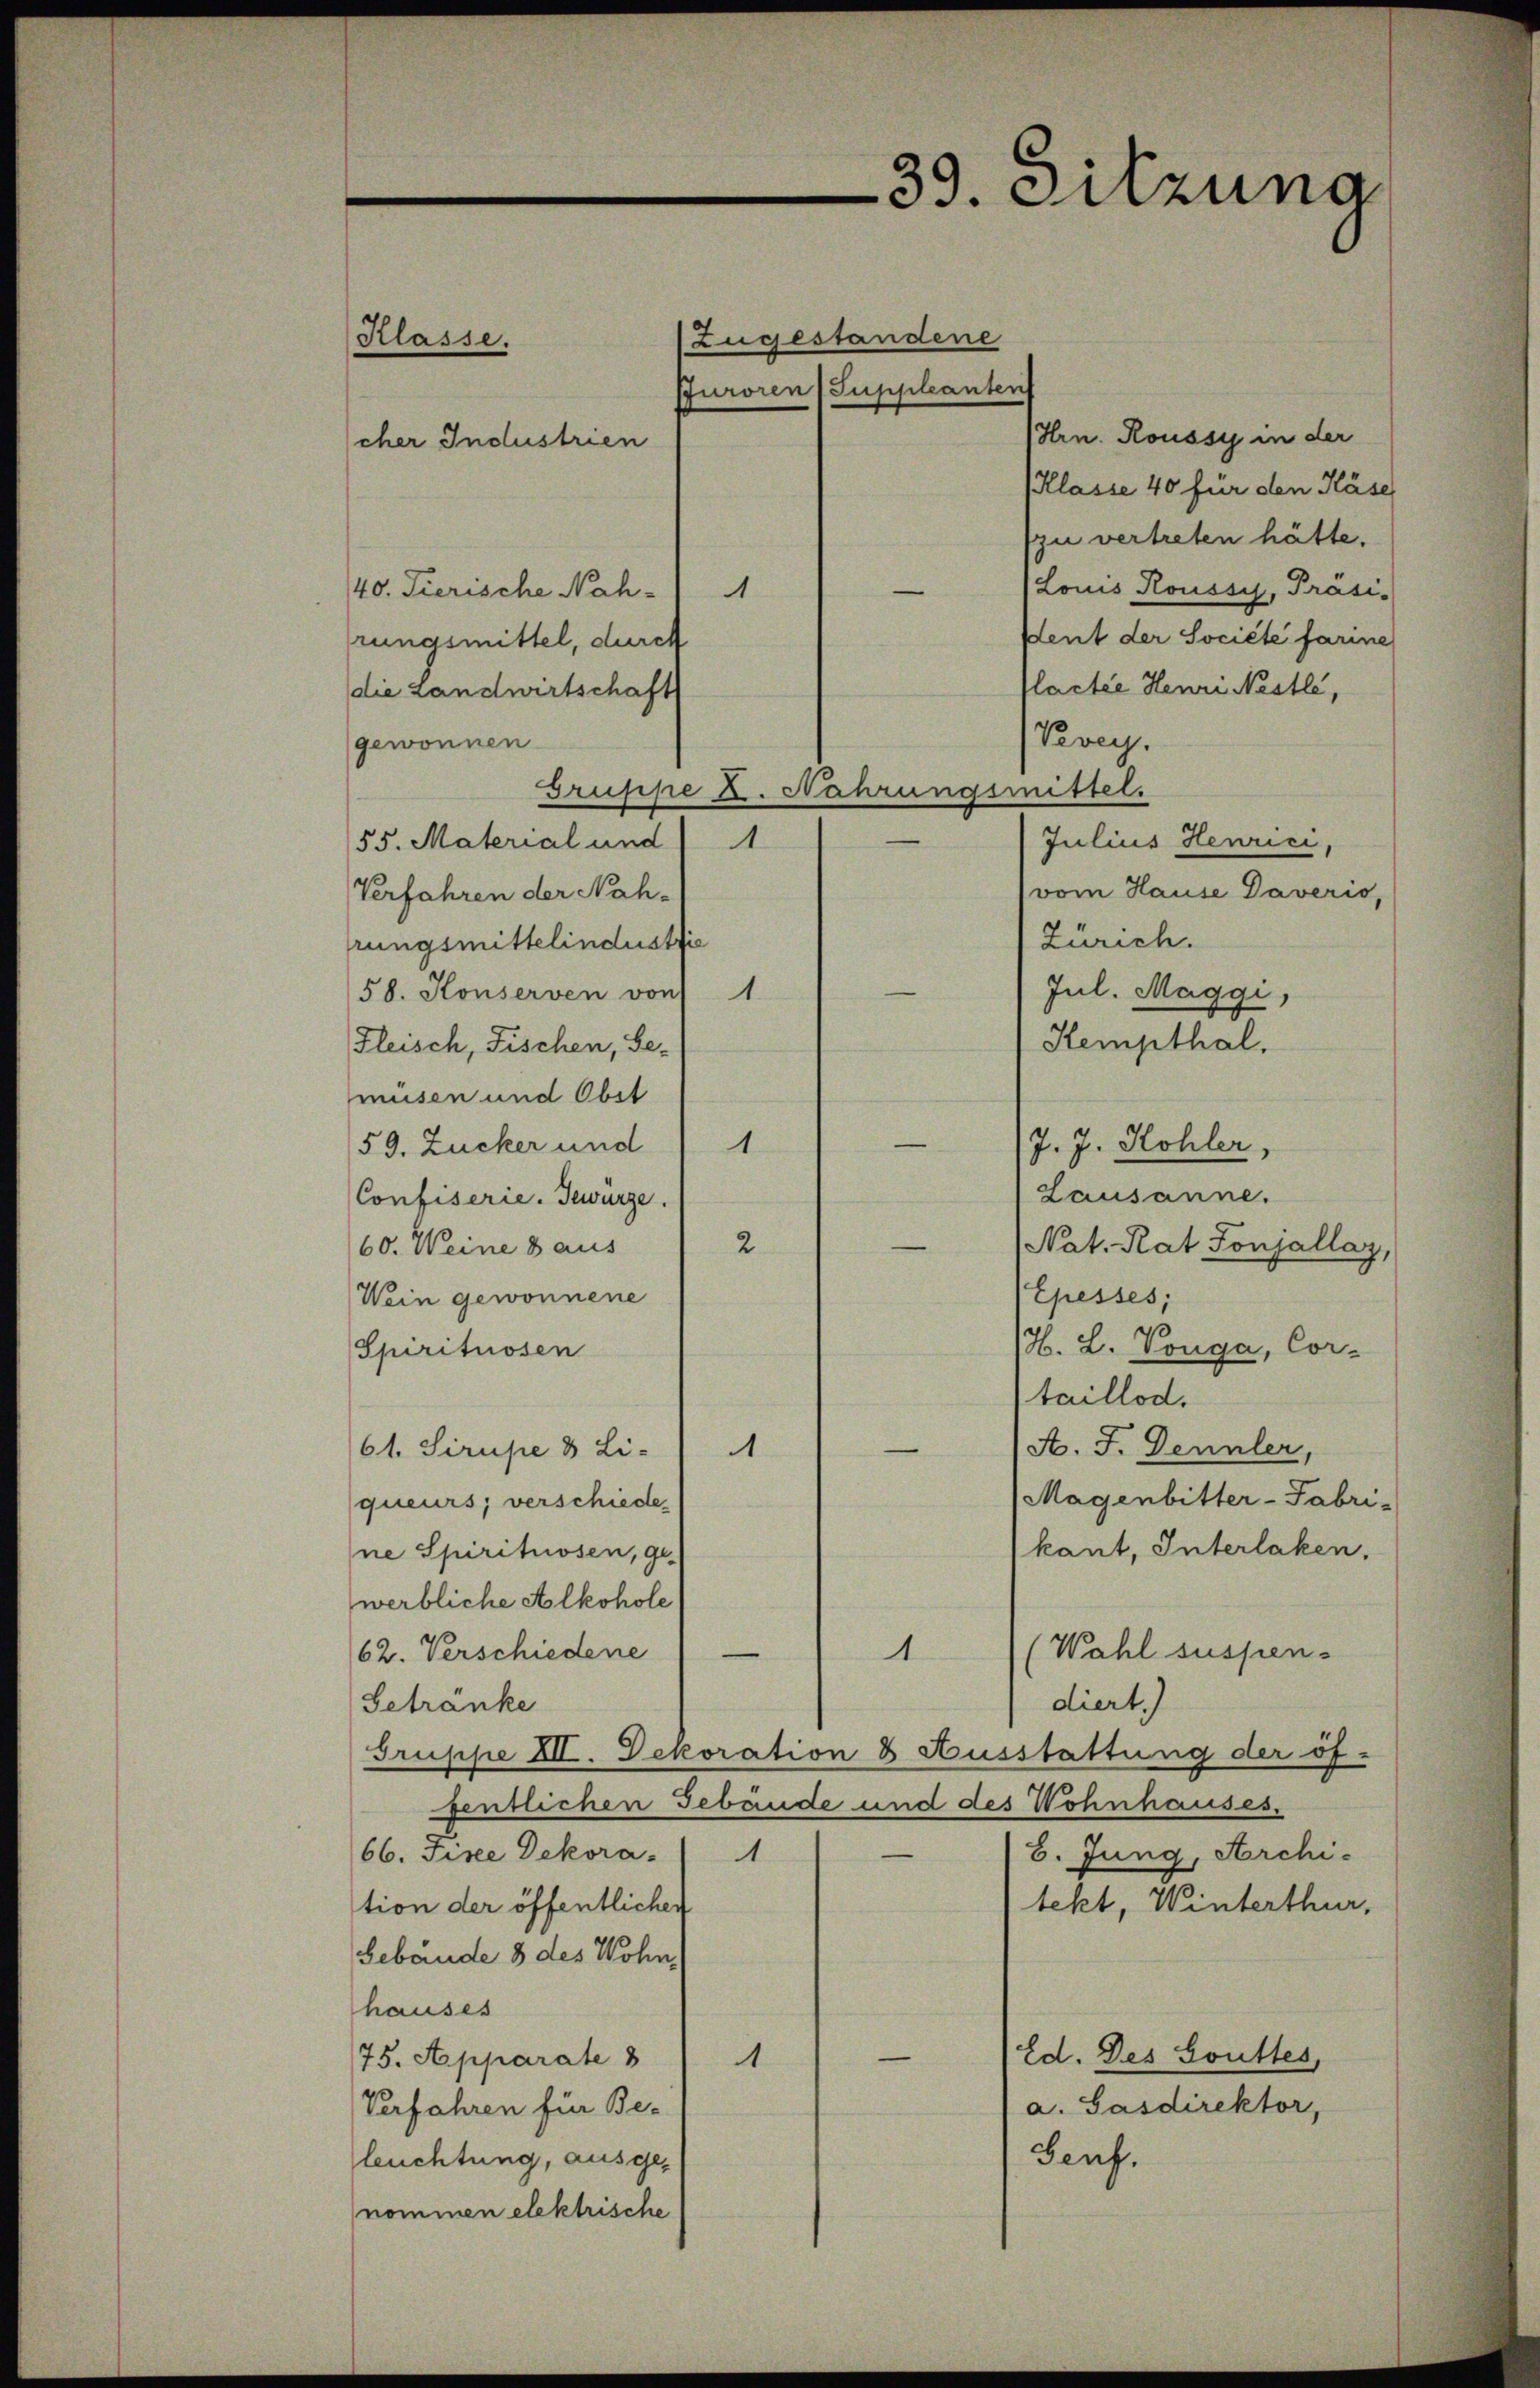
Klasse.

39. Sitzung

Zugestandene
Pfuroren 1 Suppleanten
Hrn. Roussy in der
cher Industrien
(Klasse 40 für den Käse
zu vertreten hätte.
Louis Roussy, Präsi-
—
40. Tierische Nah¬
1
Ident der Société farine
rungsmittel, durch
lactie Henri Nestli,
die Landwirtschaft
Vevey.
gewonnen
Gruppe K. Nahrungsmittel.
Julius Henrici,
55. Material und 1
vom Hause Daveris,
Verfahren der Nah¬
Zürich.
rungsmittelindustrie
Jul. Maggi,
58. Konserven von 1
Hempthal.
Fleisch, Fischen, Ge-
müsen und Obst
—
J. J. Kohler,
59. Zucker und 1
Lausanne.
Confiserie. Gewürze

(Nat. Rat Sonjallag,
2
60. Weine 8 aus
Epesses;
Wein gewonnene
(H. L. Vonga, Cor-
Spirituosen
taillod.
e
A. J. Dennler,
1
61. Sirupe & Li-
Magenbitter-Fabri-
queurs, verschiede
kant, Interlaken,
ne Spirituosen, ge-
werbliche Alkohole
e
1
(Wahl suspen¬
62. Verschiedene
diert.)
Getränke
Truppe XII. Dekoration 8 Ausstattung der öf-
fentlichen Gebäude und des Wohnhauses.
66. Fine Dekora.
6. Jung, Architekt, Winterthur,
tion der öffentlichen
Gebäude 8 des Wohn
hauses
—
Ed. Des Soutes,
75. Apparate
1
a. Gasdirektor,
Verfahren für Be-
Genf.
leuchtung, ausgenommen elektrische